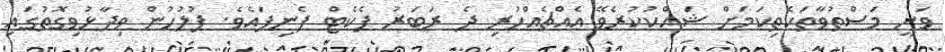
ވަނީ މަސްތުވާތަކެތިކަމަށް ޝައްކުކުރެވޭ އެއްޗެއްހުރި ދެ ރަބަރު ޕެކެޓް ފެނިފައެވެ. ފުލުހުން ވިދާޅުވިގޮތުގައި